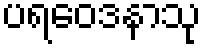
ပရဝေဒနာသု